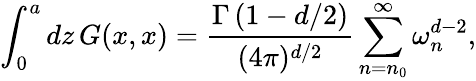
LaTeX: \int_{0}^{a}dz\, G(x,x)={\frac{\Gamma\left(1-d/2\right)}{(4\pi)^{d/2}}}\sum_{n=n_{0}}^{\infty}\omega_{n}^{d-2},